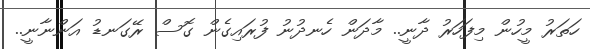
ހަތަރު މީހުން މިފަހަރު ދާނީ.. މާދަން ހެނދުނު ފުރައިގެން ގޮސް ރޭގަނޑު އަންނާނީ..